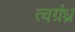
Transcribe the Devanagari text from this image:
त्वग्रंध्र